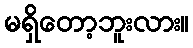
မရှိတော့ဘူးလား။